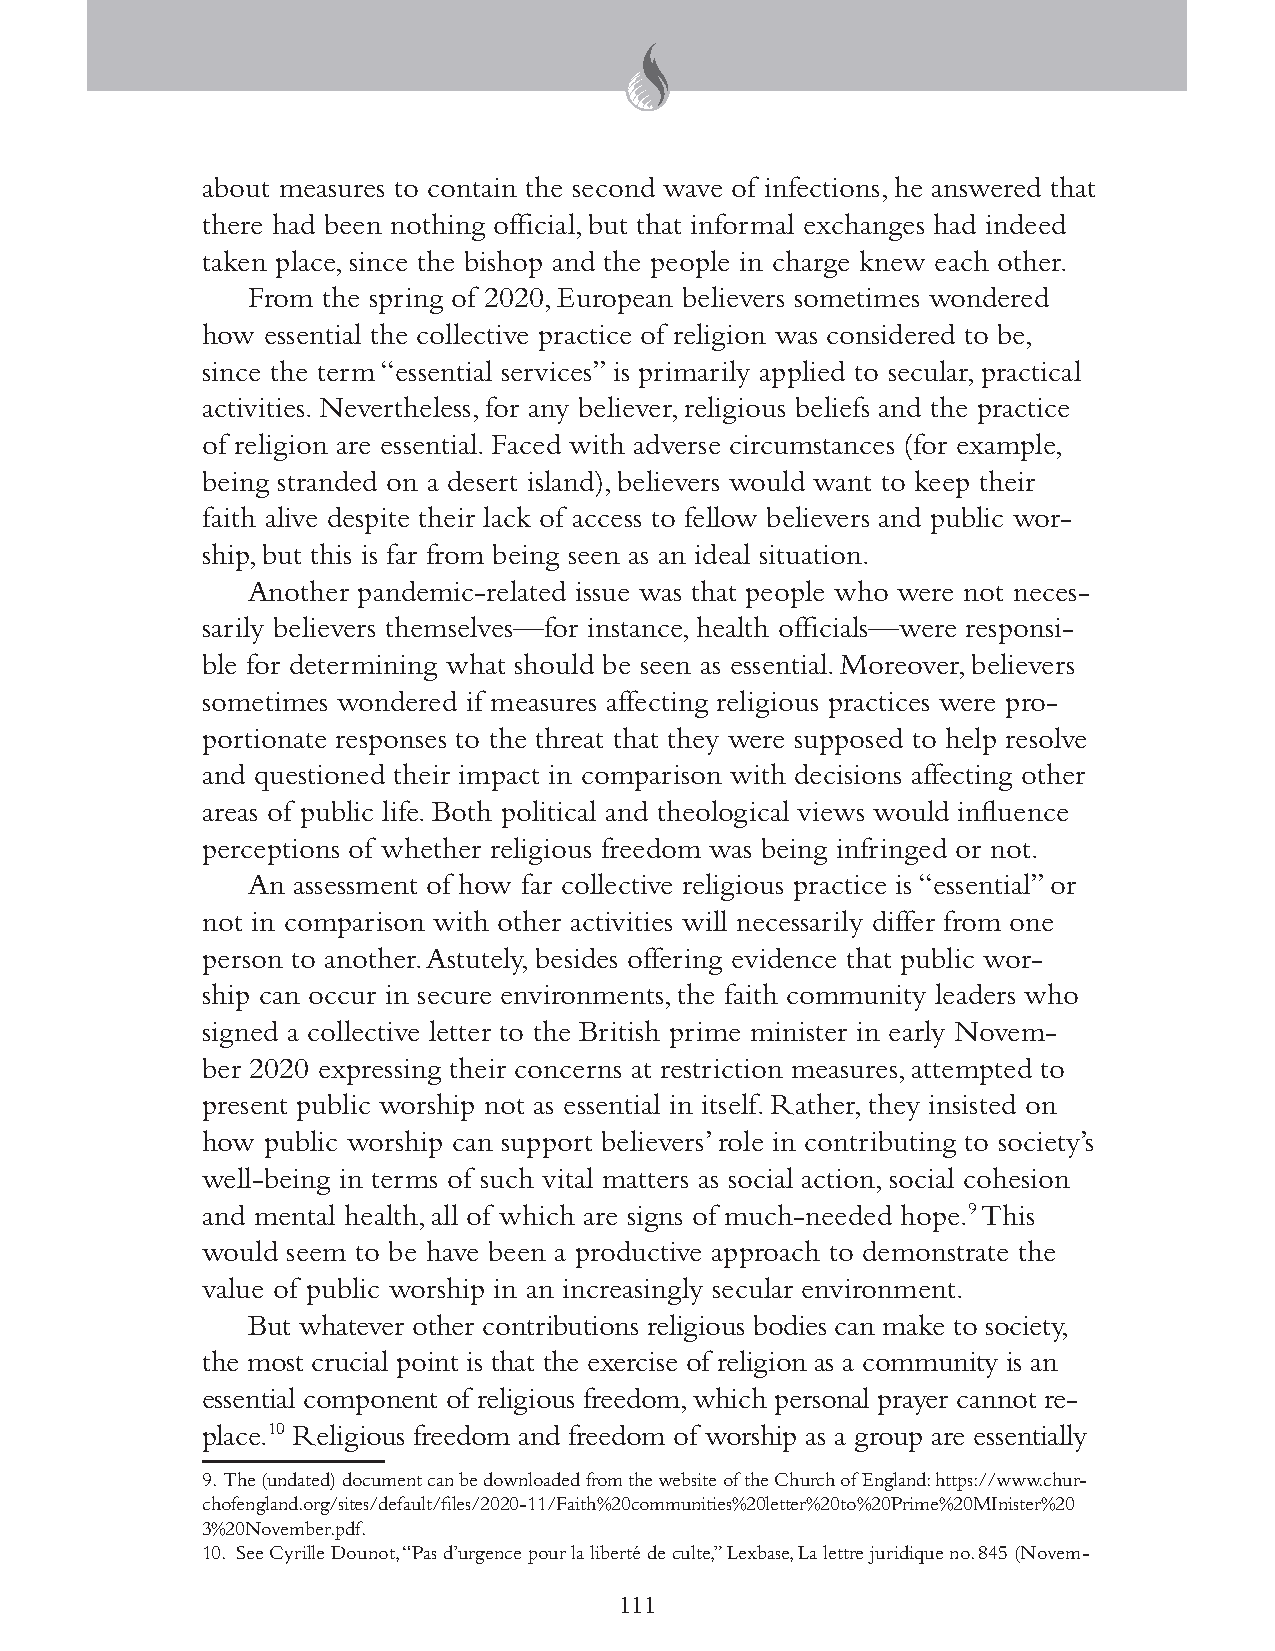
about measures to contain the second wave of infections, he answered that
 there had been nothing official, but that informal exchanges had indeed
 taken place, since the bishop and the people in charge knew each other.
 From the spring of 2020, European believers sometimes wondered
 how essential the collective practice of religion was considered to be,
 since the term “essential services” is primarily applied to secular, practical
 activities. Nevertheless, for any believer, religious beliefs and the practice
 of religion are essential. Faced with adverse circumstances (for example,
 being stranded on a desert island), believers would want to keep their
 faith alive despite their lack of access to fellow believers and public wor-
 ship, but this is far from being seen as an ideal situation.
 Another pandemic-related issue was that people who were not neces-
 sarily believers themselves—for instance, health officials—were responsi-
 ble for determining what should be seen as essential. Moreover, believers
 sometimes wondered if measures affecting religious practices were pro-
 portionate responses to the threat that they were supposed to help resolve
 and questioned their impact in comparison with decisions affecting other
 areas of public life. Both political and theological views would influence
 perceptions of whether religious freedom was being infringed or not.
 An assessment of how far collective religious practice is “essential” or
 not in comparison with other activities will necessarily differ from one
 person to another. Astutely, besides offering evidence that public wor-
 ship can occur in secure environments, the faith community leaders who
 signed a collective letter to the British prime minister in early Novem-
 ber 2020 expressing their concerns at restriction measures, attempted to
 present public worship not as essential in itself. Rather, they insisted on
 how public worship can support believers’ role in contributing to society’s
 well-being in terms of such vital matters as social action, social cohesion
 and mental health, all of which are signs of much-needed hope.9 This
 would seem to be have been a productive approach to demonstrate the
 value of public worship in an increasingly secular environment.
 But whatever other contributions religious bodies can make to society,
 the most crucial point is that the exercise of religion as a community is an
 essential component of religious freedom, which personal prayer cannot re-
 place.10 Religious freedom and freedom of worship as a group are essentially
 9. The (undated) document can be downloaded from the website of the Church of England: https://www.chur-
 chofengland.org/sites/default/files/2020-11/Faith%20communities%20letter%20to%20Prime%20MInister%20
 3%20November.pdf.
 10. See Cyrille Dounot, “Pas d’urgence pour la liberté de culte,” Lexbase, La lettre juridique no. 845 (Novem-
 111